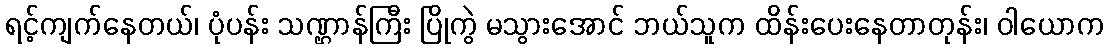
ရင့်ကျက်နေတယ်၊ ပုံပန်း သဏ္ဌာန်ကြီး ပြိုကွဲ မသွားအောင် ဘယ်သူက ထိန်းပေးနေတာတုန်း၊ ဝါယောက